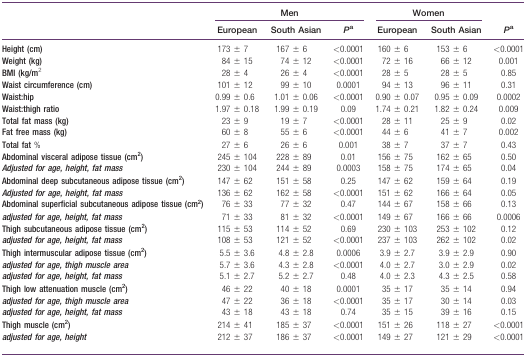
<table><thead><tr><td></td><td colspan="3"><b>Men</b></td><td colspan="2"><b>Women</b></td><td></td></tr><tr><td></td><td><b>European</b></td><td><b>South Asian</b></td><td><b><i>P</i>a</b></td><td><b>European</b></td><td><b>South Asian</b></td><td><b><i>P</i>a</b></td></tr></thead><tbody><tr><td><b>Height (cm)</b></td><td>173 ± 7</td><td>167 ± 6</td><td>&lt;0.0001</td><td>160 ± 6</td><td>153 ± 6</td><td>&lt;0.0001</td></tr><tr><td><b>Weight (kg)</b></td><td>84 ± 15</td><td>74 ± 12</td><td>&lt;0.0001</td><td>72 ± 16</td><td>66 ± 12</td><td>0.001</td></tr><tr><td><b>BMI (kg/m</b><sup>2</sup></td><td>28 ± 4</td><td>26 ± 4</td><td>&lt;0.0001</td><td>28 ± 5</td><td>28 ± 5</td><td>0.85</td></tr><tr><td><b>Waist circumference (cm)</b></td><td>101 ± 12</td><td>99 ± 10</td><td>0.0001</td><td>94 ± 13</td><td>96 ± 11</td><td>0.31</td></tr><tr><td><b>Waist:hip</b></td><td>0.99 ± 0.6</td><td>1.01 ± 0.06</td><td>&lt;0.0001</td><td>0.90 ± 0.07</td><td>0.95 ± 0.09</td><td>0.0002</td></tr><tr><td><b>Waist:thigh ratio</b></td><td>1.97 ± 0.18</td><td>1.99 ± 0.19</td><td>0.09</td><td>1.74 ± 0.21</td><td>1.82 ± 0.24</td><td>0.009</td></tr><tr><td><b>Total fat mass (kg)</b></td><td>23 ± 9</td><td>19 ± 7</td><td>&lt;0.0001</td><td>28 ± 11</td><td>25 ± 9</td><td>0.02</td></tr><tr><td><b>Fat free mass (kg)</b></td><td>60 ± 8</td><td>55 ± 6</td><td>&lt;0.0001</td><td>44 ± 6</td><td>41 ± 7</td><td>0.002</td></tr><tr><td><b>Total fat</b> %</td><td>27 ± 6</td><td>26 ± 6</td><td>0.001</td><td>38 ± 7</td><td>37 ± 7</td><td>0.43</td></tr><tr><td><b>Abdominal visceral adipose tissue (cm<sup>2</sup>)</b></td><td>245 ± 104</td><td>228 ± 89</td><td>0.01</td><td>156 ± 75</td><td>162 ± 65</td><td>0.50</td></tr><tr><td><b><i>Adjusted for age, height, fat mass</i></b></td><td>230 ± 104</td><td>244 ± 89</td><td>0.0003</td><td>158 ± 75</td><td>174 ± 65</td><td>0.04</td></tr><tr><td><b>Abdominal deep subcutaneous adipose tissue (cm<sup>2</sup>)</b></td><td>147 ± 62</td><td>151 ± 58</td><td>0.25</td><td>147 ± 62</td><td>159 ± 64</td><td>0.19</td></tr><tr><td><b><i>Adjusted for age, height, fat mass</i></b></td><td>136 ± 62</td><td>162 ± 58</td><td>&lt;0.0001</td><td>151 ± 62</td><td>166 ± 64</td><td>0.05</td></tr><tr><td><b>Abdominal superficial subcutaneous adipose tissue (cm<sup>2</sup>)</b></td><td>76 ± 33</td><td>77 ± 32</td><td>0.47</td><td>144 ± 67</td><td>158 ± 66</td><td>0.13</td></tr><tr><td><b><i>adjusted for age, height, fat mass</i></b></td><td>71 ± 33</td><td>81 ± 32</td><td>&lt;0.0001</td><td>149 ± 67</td><td>166 ± 66</td><td>0.0006</td></tr><tr><td><b>Thigh subcutaneous adipose tissue (cm<sup>2</sup>)</b></td><td>115 ± 53</td><td>114 ± 52</td><td>0.69</td><td>230 ± 103</td><td>253 ± 102</td><td>0.12</td></tr><tr><td><b><i>adjusted for age, height, fat mass</i></b></td><td>108 ± 53</td><td>121 ± 52</td><td>&lt;0.0001</td><td>237 ± 103</td><td>262 ± 102</td><td>0.02</td></tr><tr><td><b>Thigh intermuscular adipose tissue (cm<sup>2</sup>)</b></td><td>5.5 ± 3.6</td><td>4.8 ± 2.8</td><td>0.0006</td><td>3.9 ± 2.7</td><td>3.9 ± 2.9</td><td>0.90</td></tr><tr><td><b><i>adjusted for age, thigh muscle area</i></b></td><td>5.7 ± 3.6</td><td>4.3 ± 2.8</td><td>&lt;0.0001</td><td>4.0 ± 2.7</td><td>3.0 ± 2.9</td><td>0.02</td></tr><tr><td><b><i>adjusted for age, height, fat mass</i></b></td><td>5.1 ± 2.7</td><td>5.2 ± 2.7</td><td>0.48</td><td>4.0 ± 2.3</td><td>4.3 ± 2.5</td><td>0.58</td></tr><tr><td><b>Thigh low attenuation muscle (cm<sup>2</sup>)</b></td><td>46 ± 22</td><td>40 ± 18</td><td>0.0001</td><td>35 ± 17</td><td>35 ± 14</td><td>0.94</td></tr><tr><td><b><i>adjusted for age, thigh muscle area</i></b></td><td>47 ± 22</td><td>36 ± 18</td><td>&lt;0.0001</td><td>35 ± 17</td><td>30 ± 14</td><td>0.03</td></tr><tr><td><b><i>adjusted for age, height, fat mass</i></b></td><td>43 ± 18</td><td>43 ± 18</td><td>0.74</td><td>35 ± 15</td><td>39 ± 16</td><td>0.15</td></tr><tr><td><b>Thigh muscle (cm<sup>2</sup>)</b></td><td>214 ± 41</td><td>185 ± 37</td><td>&lt;0.0001</td><td>151 ± 26</td><td>118 ± 27</td><td>&lt;0.0001</td></tr><tr><td><b><i>adjusted for age, height</i></b></td><td>212 ± 37</td><td>186 ± 37</td><td>&lt;0.0001</td><td>149 ± 27</td><td>121 ± 29</td><td>&lt;0.0001</td></tr></tbody></table>